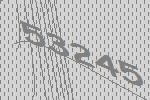
53245